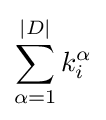
\sum _{\alpha =1}^{|D|}k_{i}^{\alpha }